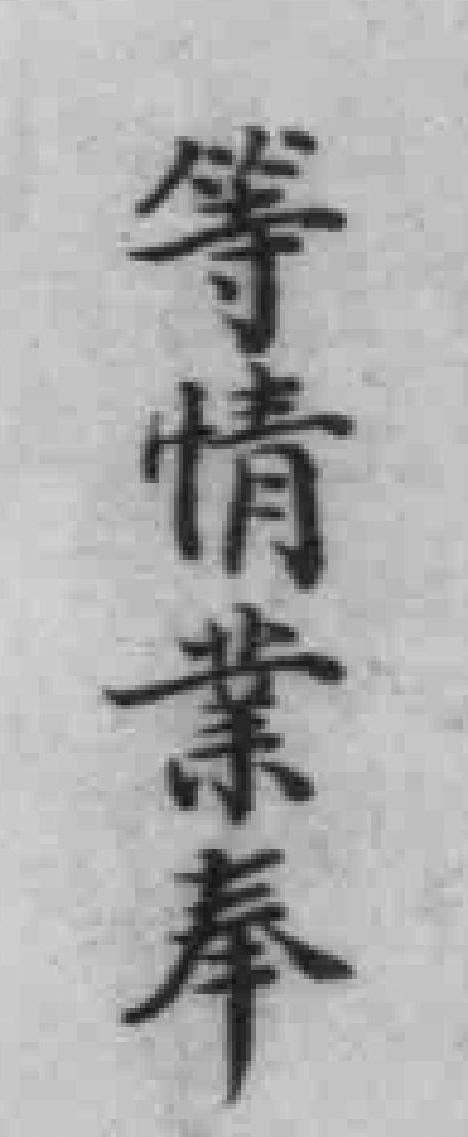
等情業奉